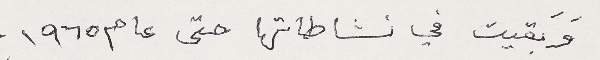
وَبَقيت في نشاطاتها حتى عام ١٩٦٥